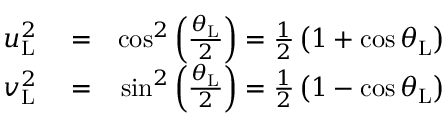
\begin{array} { r l r } { u _ { \mathrm { L } } ^ { 2 } } & { { } = } & { \cos ^ { 2 } \left( \frac { \theta _ { \mathrm { L } } } { 2 } \right) = \frac { 1 } { 2 } \left( 1 + \cos \theta _ { \mathrm { L } } \right) } \\ { v _ { \mathrm { L } } ^ { 2 } } & { { } = } & { \sin ^ { 2 } \left( \frac { \theta _ { \mathrm { L } } } { 2 } \right) = \frac { 1 } { 2 } \left( 1 - \cos \theta _ { \mathrm { L } } \right) } \end{array}